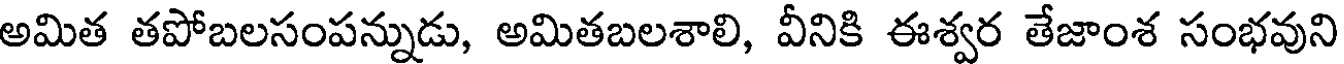
అమిత తపోబలసంపన్నుడు, అమితబలశాలి, వీనికి ఈశ్వర తేజాంశ సంభవుని